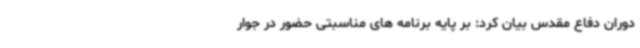
دوران دفاع مقدس بیان کرد: بر پایه برنامه های مناسبتی حضور در جوار